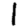
Digit: 1